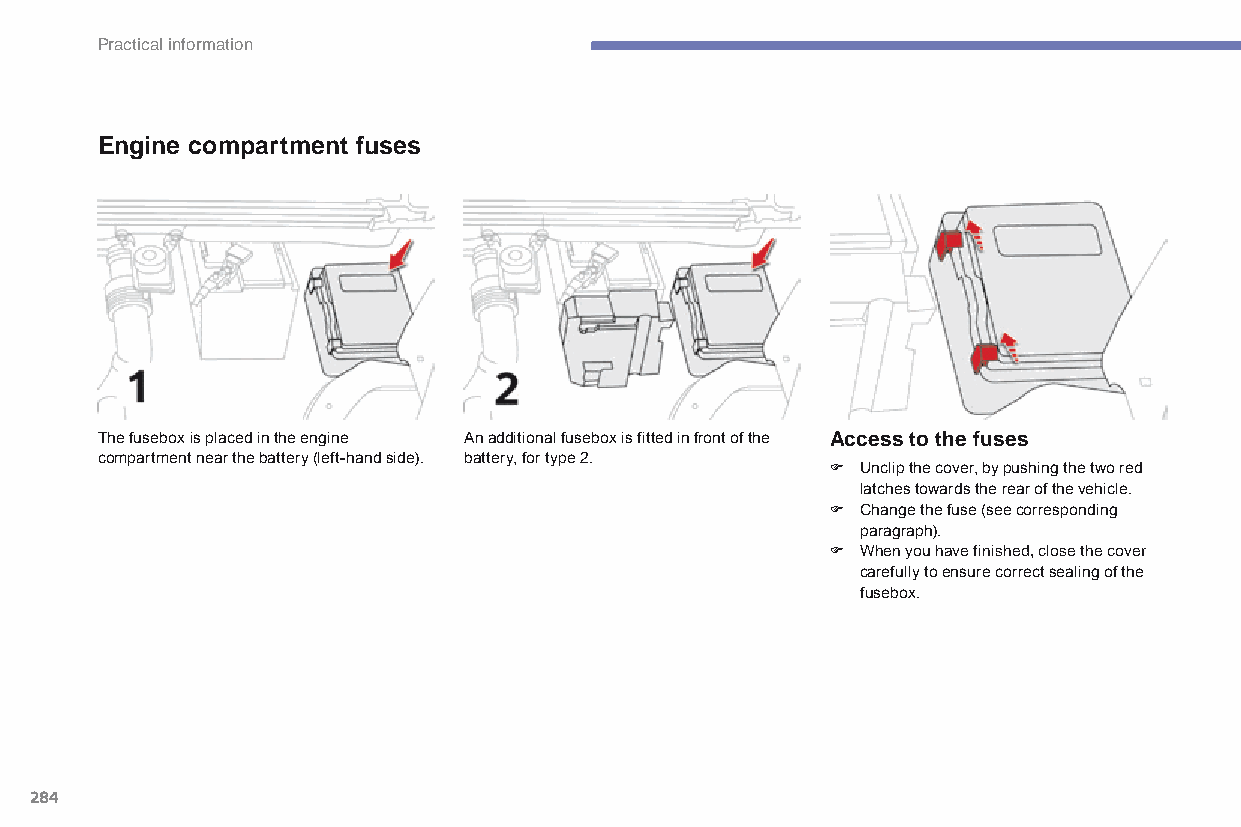
Practical information
 Engine compartment fuses
 The fusebox is placed in the engine An additional fusebox is fitted in front of the Access to the fuses
 compartment near the battery (left-hand side). battery, for type 2.
 F Unclip the cover, by pushing the two red
 latches towards the rear of the vehicle.
 F Change the fuse (see corresponding
 paragraph).
 F When you have finished, close the cover
 carefully to ensure correct sealing of the
 fusebox.
 284
 C4-Picasso-II_en_Chap07_info-pratiques_ed01-2015